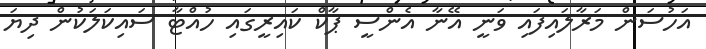
އަހުސަން މަރާލައިފައި ވަނީ އޭނާ އެންސީ ޕާކް ކައިރީގައި ހުއްޓާ ސައިކަލަކުން ދިޔަ